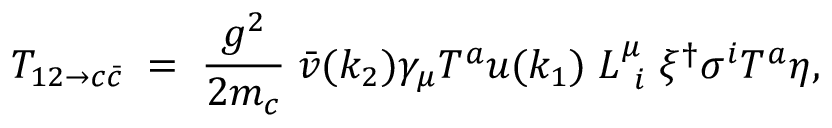
{ \cal T } _ { 1 2 \to c \bar { c } } \; = \; { \frac { g ^ { 2 } } { 2 m _ { c } } } \; { \bar { v } } ( k _ { 2 } ) \gamma _ { \mu } T ^ { a } u ( k _ { 1 } ) \; L _ { \ i } ^ { \mu } \; \xi ^ { \dagger } \sigma ^ { i } T ^ { a } \eta ,